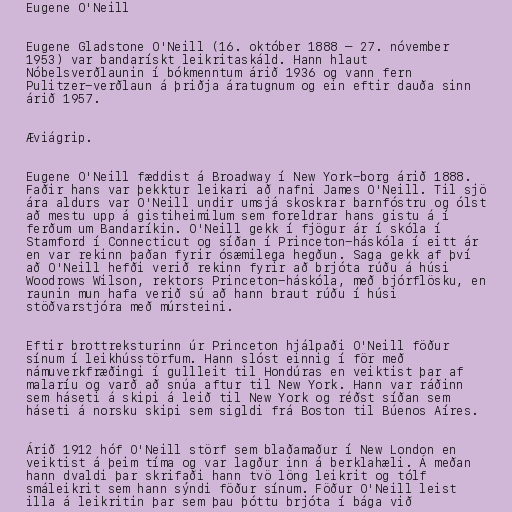
Eugene O'Neill

Eugene Gladstone O'Neill (16. október 1888 – 27. nóvember
1953) var bandarískt leikritaskáld. Hann hlaut
Nóbelsverðlaunin í bókmenntum árið 1936 og vann fern
Pulitzer-verðlaun á þriðja áratugnum og ein eftir dauða sinn
árið 1957.

Æviágrip.

Eugene O'Neill fæddist á Broadway í New York-borg árið 1888.
Faðir hans var þekktur leikari að nafni James O'Neill. Til sjö
ára aldurs var O'Neill undir umsjá skoskrar barnfóstru og ólst
að mestu upp á gistiheimilum sem foreldrar hans gistu á í
ferðum um Bandaríkin. O'Neill gekk í fjögur ár í skóla í
Stamford í Connecticut og síðan í Princeton-háskóla í eitt ár
en var rekinn þaðan fyrir ósæmilega hegðun. Saga gekk af því
að O'Neill hefði verið rekinn fyrir að brjóta rúðu á húsi
Woodrows Wilson, rektors Princeton-háskóla, með bjórflösku, en
raunin mun hafa verið sú að hann braut rúðu í húsi
stöðvarstjóra með múrsteini.

Eftir brottreksturinn úr Princeton hjálpaði O'Neill föður
sínum í leikhússtörfum. Hann slóst einnig í för með
námuverkfræðingi í gullleit til Hondúras en veiktist þar af
malaríu og varð að snúa aftur til New York. Hann var ráðinn
sem háseti á skipi á leið til New York og réðst síðan sem
háseti á norsku skipi sem sigldi frá Boston til Búenos Aíres.

Árið 1912 hóf O'Neill störf sem blaðamaður í New London en
veiktist á þeim tíma og var lagður inn á berklahæli. Á meðan
hann dvaldi þar skrifaði hann tvö löng leikrit og tólf
smáleikrit sem hann sýndi föður sínum. Föður O'Neill leist
illa á leikritin þar sem þau þóttu brjóta í bága við